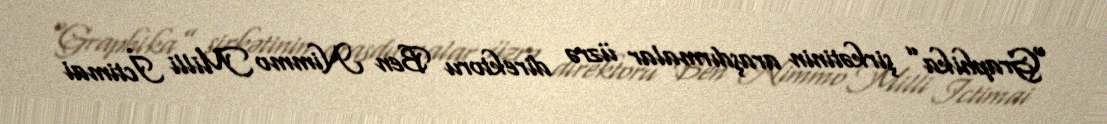
“Graphika” şirkətinin araşdırmalar üzrə direktoru Ben Nimmo Milli İctimai